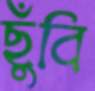
ছুঁবি